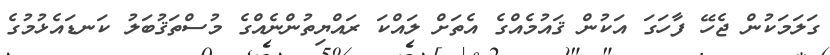
ގަލަމަކުން ޖެހޭ ފާހަގަ އަކުން ޤައުމެއްގެ އެތަށް ލައްކަ ރައްޔިތުންނެއްގެ މުސްތަޤުބަލު ކަނޑައެޅުމުގެ